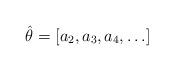
LaTeX: \begin{align*}\hat\theta=[a_2,a_3,a_4,\ldots]\end{align*}